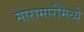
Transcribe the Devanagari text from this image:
मारामारीमध्ये